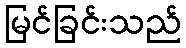
မြင်ခြင်းသည်